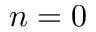
n = 0